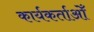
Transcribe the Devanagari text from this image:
कार्यकर्ताओँ